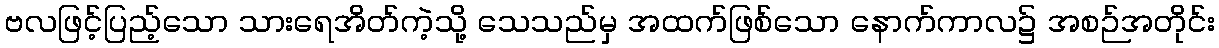
ဗလဖြင့်ပြည့်သော သားရေအိတ်ကဲ့သို့ သေသည်မှ အထက်ဖြစ်သော နောက်ကာလ၌ အစဉ်အတိုင်း